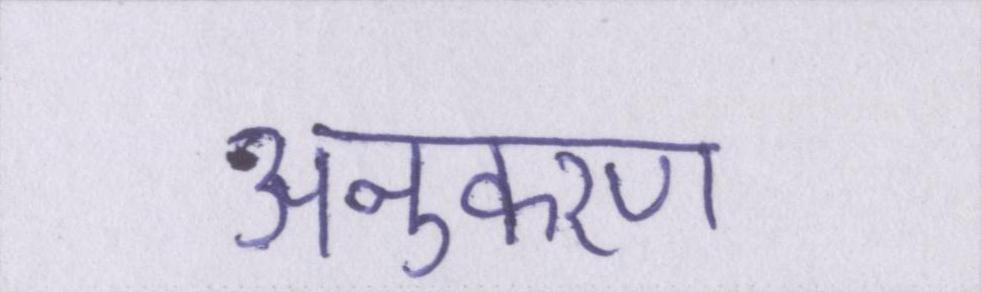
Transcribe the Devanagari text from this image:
अनुकरण